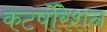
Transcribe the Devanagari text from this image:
कटर्पोरेशन